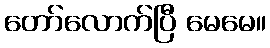
တော်လောက်ပြီ မေမေ။